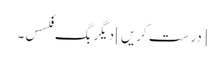
[درست کریں] دیگر بگ فکسس۔